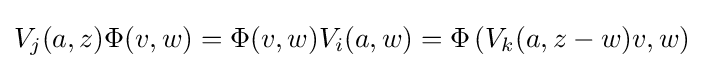
V_{j}(a,z)\Phi (v,w)=\Phi (v,w)V_{i}(a,w)=\Phi \left(V_{k}(a,z-w)v,w\right)